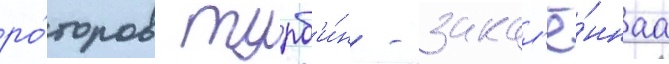
ро́торов турб'и́н - закал'ё́ннаа